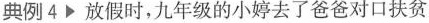
典例4放假时，九年级的小婷去了爸爸对口扶贫